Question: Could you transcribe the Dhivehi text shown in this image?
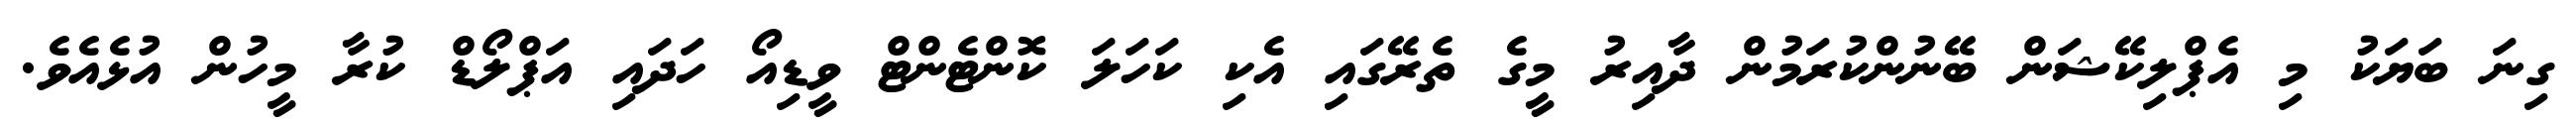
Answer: ގިނަ ބަޔަކު މި އެޕްލިކޭޝަން ބޭނުންކުރަމުން ދާއިރު މީގެ ތެރޭގައި އެކި ކަހަލަ ކޮންޓެންޓް ވީޑިއޯ ހަދައި އަޕްލޯޑް ކުރާ މީހުން އުޅެއެވެ.